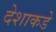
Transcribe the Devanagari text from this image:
देशाकडे